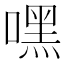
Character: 嘿